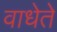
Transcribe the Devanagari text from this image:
वाधेते